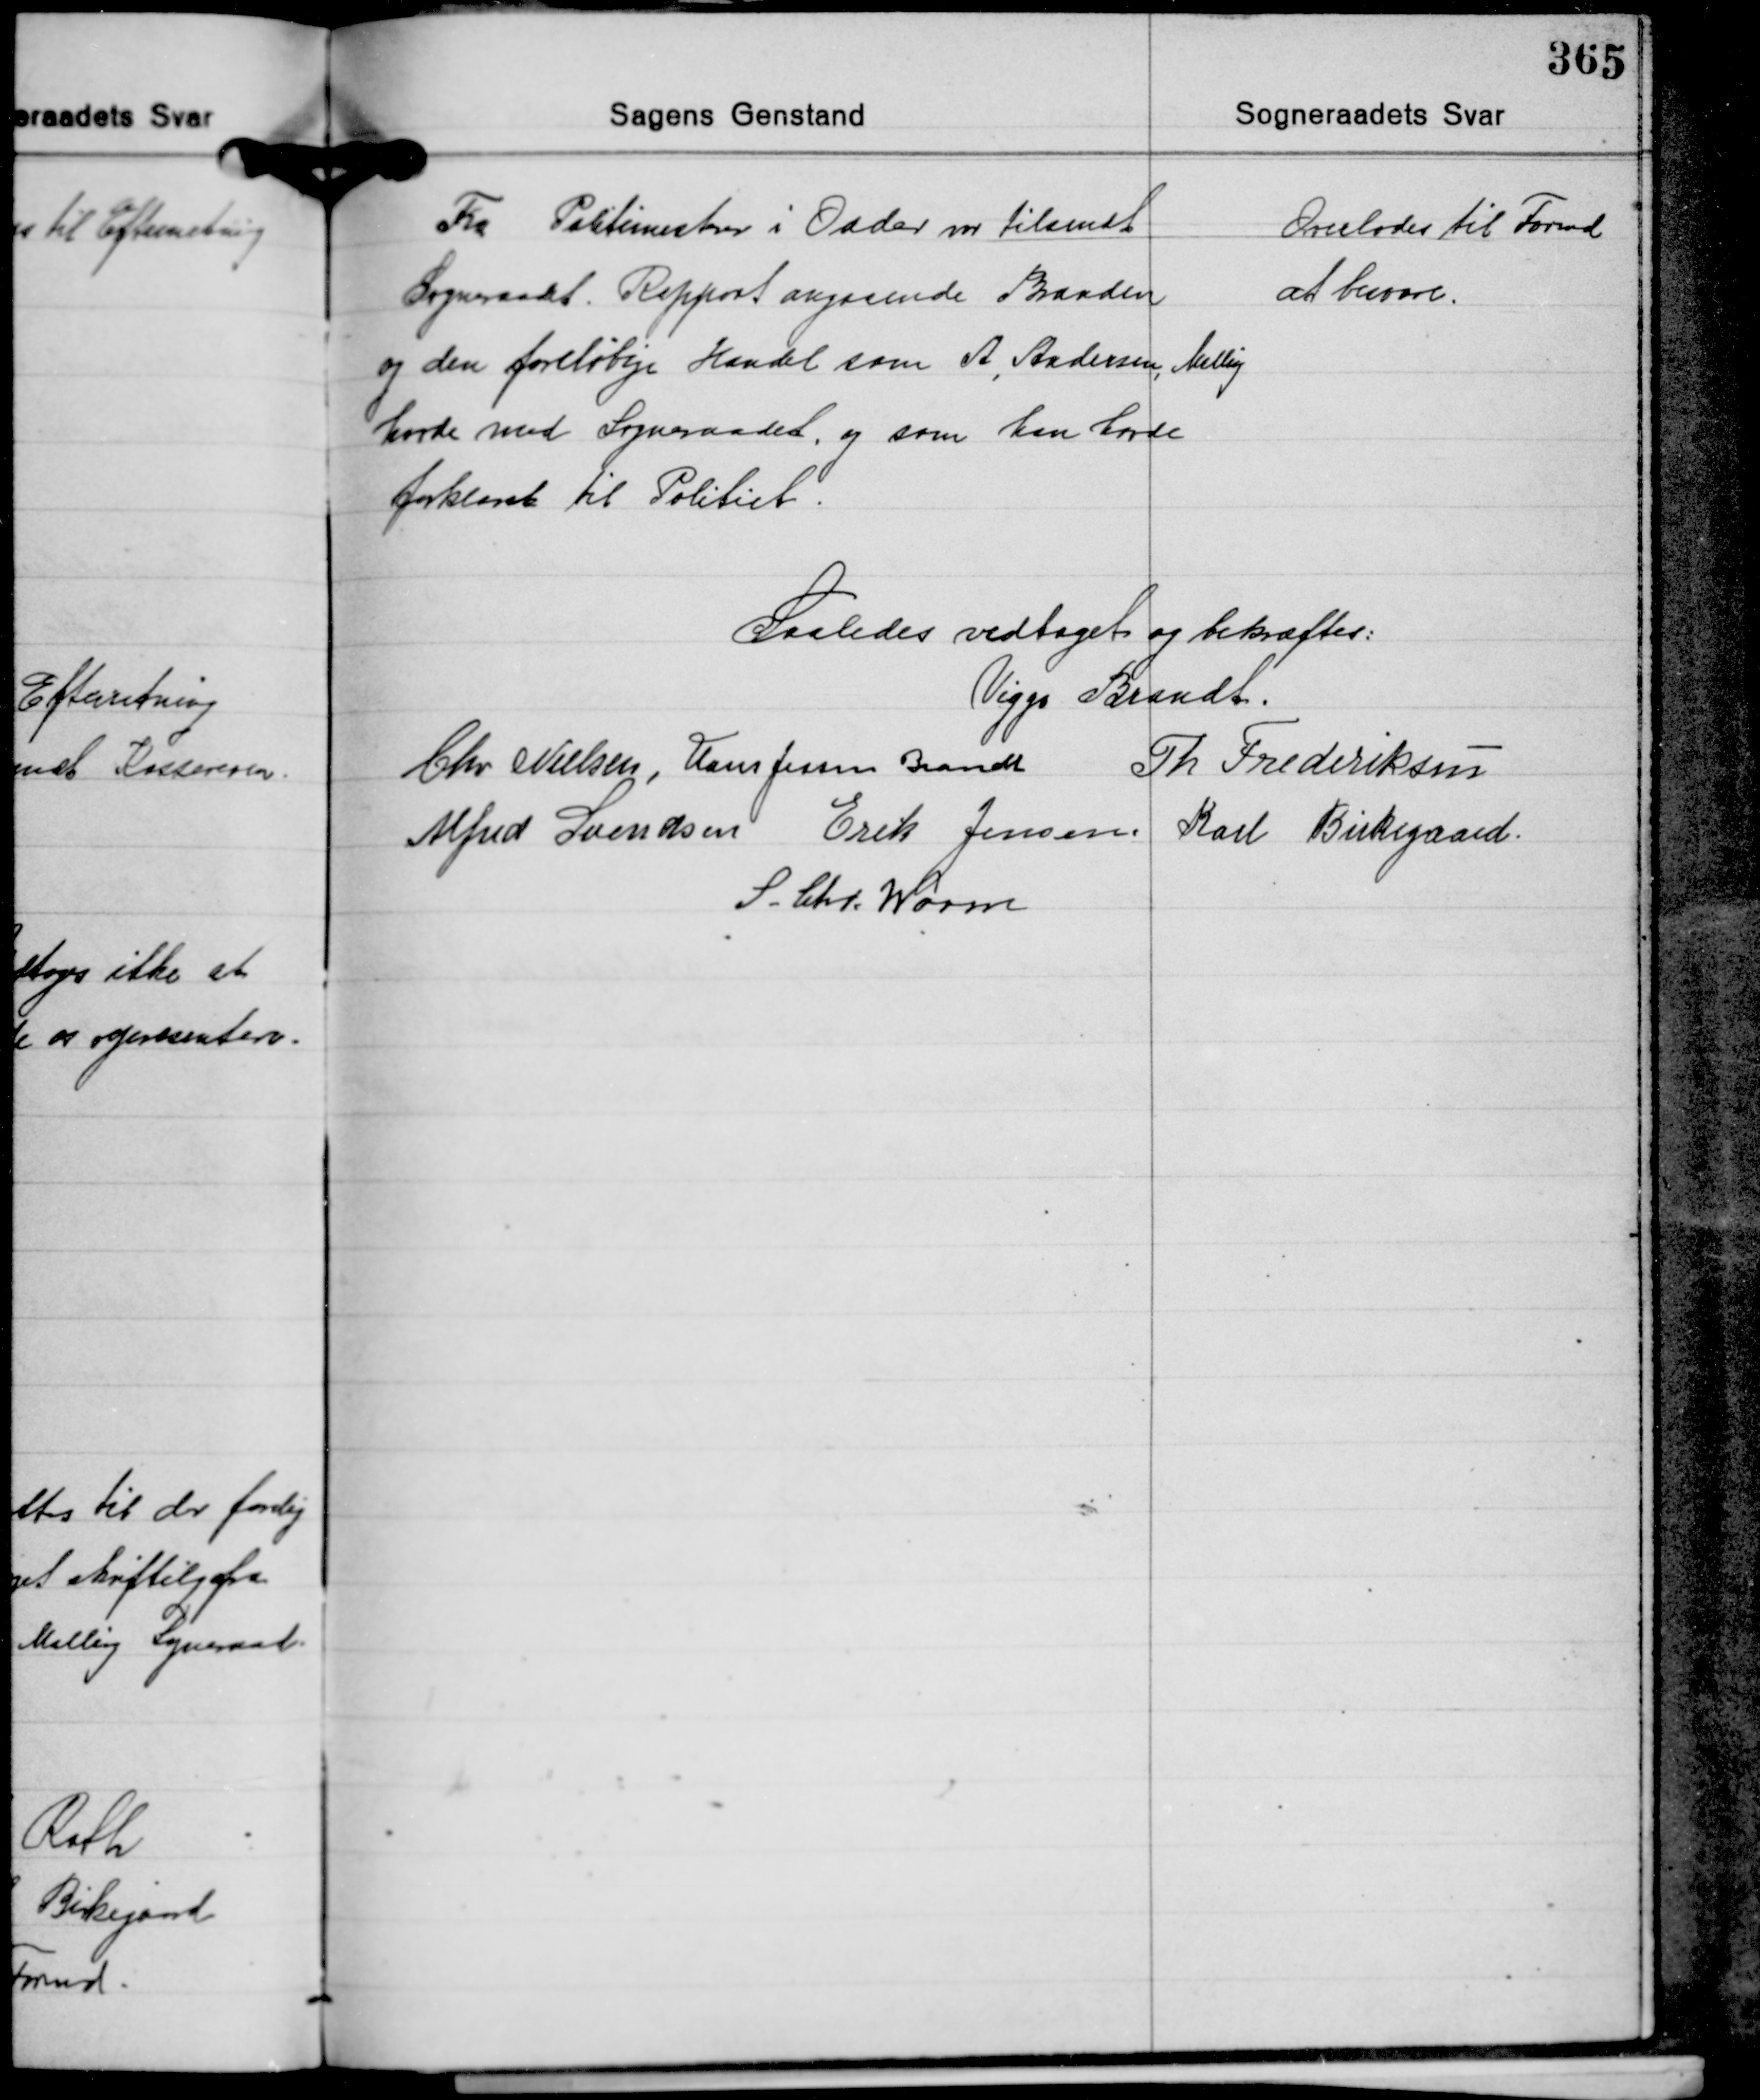
Transskription:
Fra Politimesteren i Odder var tilsendt
Sogneraadet Rapport angaaende Branden
og den foreløbige Handel som A. Andersen Malling
havde med Sogneraadet, og som han havde
forklaret til Politiet.

Overlodes til Formd.
at besvare.

Saaledes vedtaget og bekræftes.
Viggo Brandt
Chr. Nielsen Hans Jessen Brandt
Th. Frederiksen
Alfred Svendsen Erik Jensen Karl Birkegaard
S. Chr. Worm